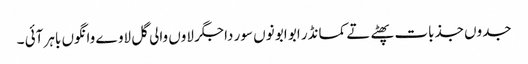
جدوں جذبات پھٹے تے کمانڈر ابو ابو نوں سور دا جگر لاوں والی گل لاوے وانگوں باہر آئی ۔